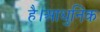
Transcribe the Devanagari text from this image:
है।आधुनिक